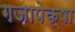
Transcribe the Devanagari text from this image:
गजापेक्षा